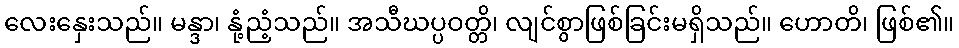
လေးနှေးသည်။ မန္ဒာ၊ နုံ့ညံ့သည်။ အသီဃပ္ပဝတ္တိ၊ လျင်စွာဖြစ်ခြင်းမရှိသည်။ ဟောတိ၊ ဖြစ်၏။